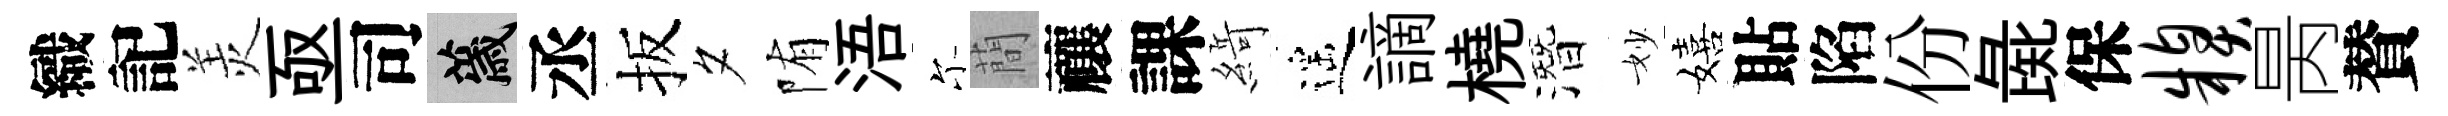
織記羙亟司薉丞扳夕陏浯尓蕳禳課𦂶遥謫橈潛妙嬉貼陷份彘保糗昺賛